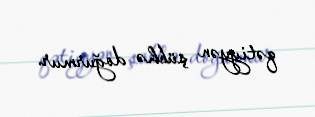
qətiyyən şübhə doğurmur.